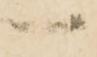
一